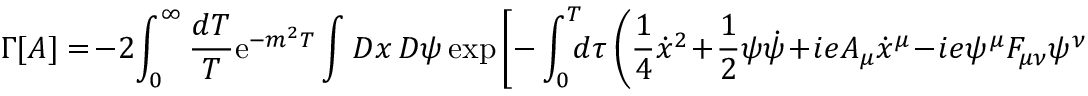
\Gamma \lbrack A \rbrack = \! - 2 \! \int _ { 0 } ^ { \infty } { \frac { d T } { T } } \mathrm { e } ^ { - m ^ { 2 } T } \int { \cal D } x \, { \cal D } \psi \, \mathrm { e x p } \left[ - \int _ { 0 } ^ { T } \! \! \! d \tau \left( { \frac { 1 } { 4 } } { \dot { x } } ^ { 2 } \! + \! { \frac { 1 } { 2 } } \psi \dot { \psi } \! + \! i e A _ { \mu } \dot { x } ^ { \mu } \! - \! i e \psi ^ { \mu } F _ { \mu \nu } \psi ^ { \nu } \right) \right] \nonumber \,